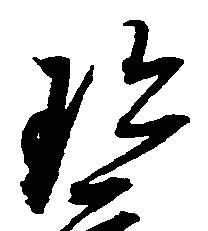
珍